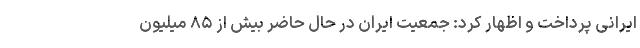
ایرانی پرداخت و اظهار کرد: جمعیت ایران در حال حاضر بیش از ۸۵ میلیون